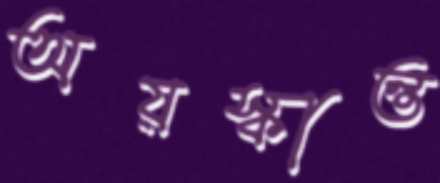
অয়স্কান্ত